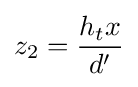
z_{2}={\frac {h_{t}x}{d'}}